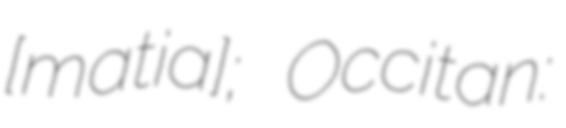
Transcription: ​[maʁtiɲaʁɡ]; Occitan: